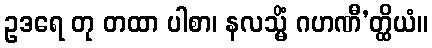
ဥဒရေ တု တထာ ပါစာ၊ နလသ္မိံ ဂဟဏီ’တ္ထိယံ။